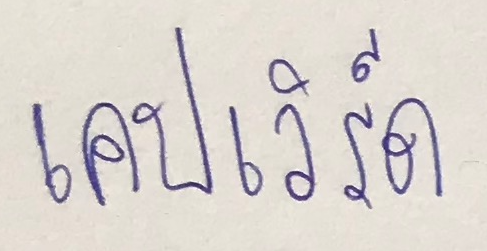
เคปเวิร์ด